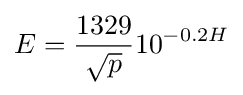
E={\frac {1329}{\sqrt {p}}}10^{-0.2H}